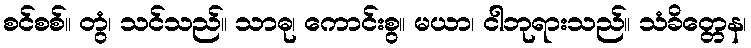
စင်စစ်။ တွံ၊ သင်သည်။ သာဓု၊ ကောင်းစွ။ မယာ၊ ငါဘုရားသည်။ သံခိတ္တေန၊